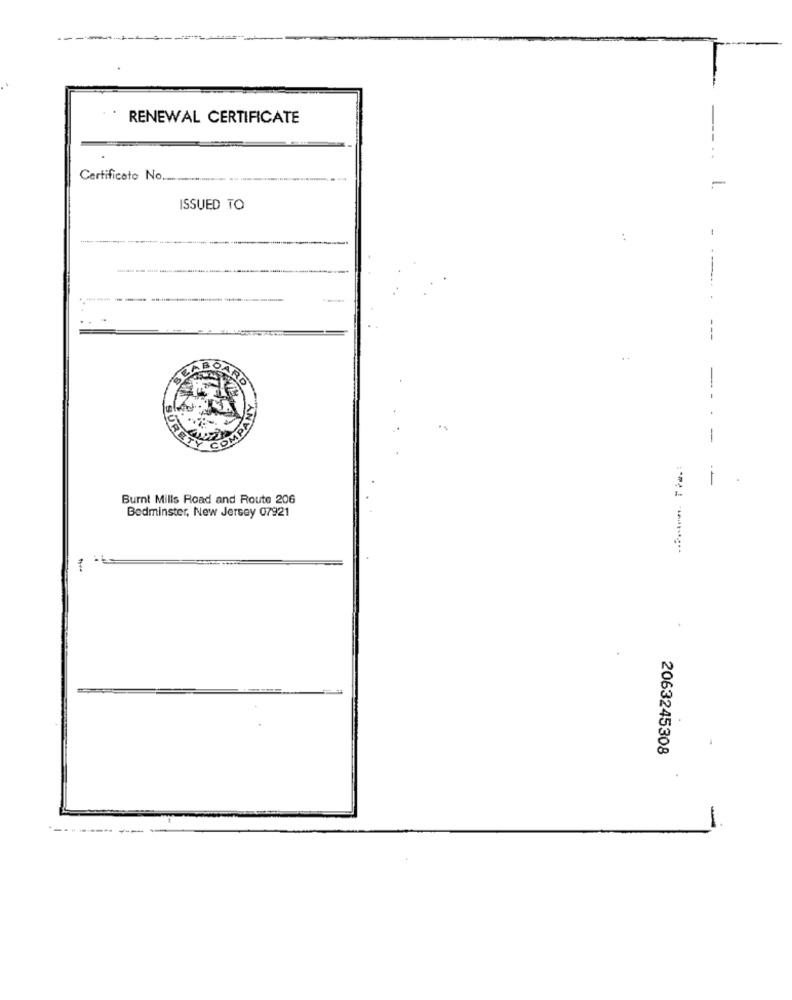
RENEWAL CERTIFICATE
--..
Certificato No ..................
-
ISSUED TO
1
----------
----.. .
---
..
-
FRD
COMPY
-
--
Burnt Mills Road and Route 206
Bedminster, New Jersey 07921
-
2063245308